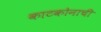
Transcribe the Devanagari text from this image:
काटकोनाची